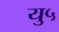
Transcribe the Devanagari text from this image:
यु५